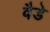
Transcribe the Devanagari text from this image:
बैडे